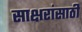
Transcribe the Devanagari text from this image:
साक्षरांसाठी